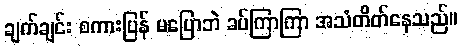
ချက်ချင်း စကားပြန် မပြောဘဲ ခပ်ကြာကြာ အသံတိတ်နေသည်။